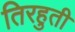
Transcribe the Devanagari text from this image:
तिरहुती